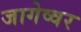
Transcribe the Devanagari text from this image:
जागेष्वर